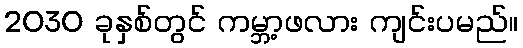
2030 ခုနှစ်တွင် ကမ္ဘာ့ဖလား ကျင်းပမည်။